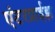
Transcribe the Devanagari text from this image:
एंटरप्राईझ